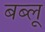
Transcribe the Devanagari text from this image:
बब्लू